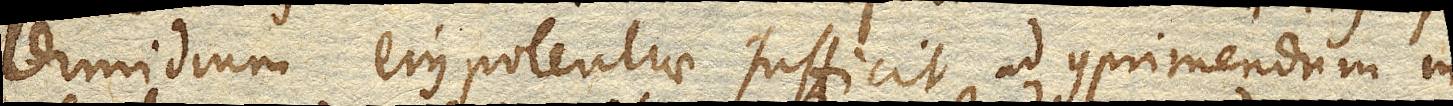
dimidium ejus potentiae sufficit ad comprimendum in